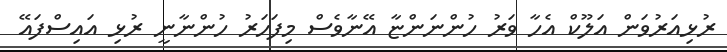
ރުޅިއަރުވަން އަލޫކް އެހާ ވަރު ހުންނަންޏާ އޭނާވެސް މިފަހަރު ހުންނާނީ ރުޅި އައިސްފައޭ